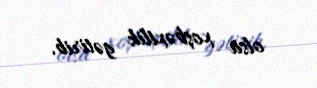
olsa xoşbəxtlik gətirib.